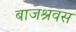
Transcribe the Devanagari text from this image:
बाजश्रवस